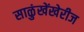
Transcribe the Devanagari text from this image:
साळुंखेंखेरीज